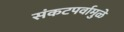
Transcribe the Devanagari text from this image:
संकटपर्वामुळे